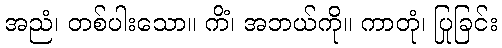
အညံ၊ တစ်ပါးသော။ ကိံ၊ အဘယ်ကို။ ကာတုံ၊ ပြုခြင်း